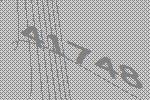
41748